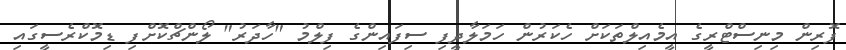
ފޮރިން މިނިސްޓްރީގެ އީމެއިލްތަކަށް ހެކަރުން ހަމަލާދީފި ސިފައިންގެ ފިލްމު "ހާދަރު" ލޯންޗްކޮށްފި ޑިމޮކްރެސީގައި